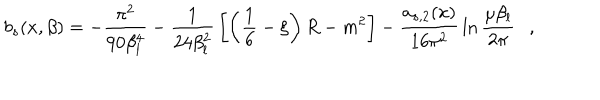
b _ { s } ( x , \beta ) = - { \frac { \pi ^ { 2 } } { 9 0 \beta _ { l } ^ { 4 } } } - { \frac { 1 } { 2 4 \beta _ { l } ^ { 2 } } } \left[ \left( \frac 1 6 - \xi \right) R - m ^ { 2 } \right] - { \frac { a _ { s , 2 } ( x ) } { 1 6 \pi ^ { 2 } } } \ln { \frac { \mu \beta _ { l } } { 2 \pi } } ,